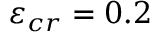
\varepsilon _ { c r } = 0 . 2